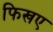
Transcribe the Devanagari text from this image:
फिखए